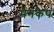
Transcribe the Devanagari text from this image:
मैनकैप